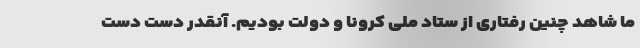
ما شاهد چنین رفتاری از ستاد ملی کرونا و دولت بودیم. آنقدر دست دست